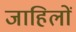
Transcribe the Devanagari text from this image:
जाहिलों